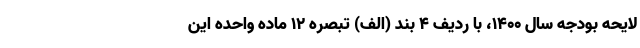
لایحه بودجه سال ۱۴۰۰، با ردیف ۴ بند (الف) تبصره ۱۲ ماده واحده این